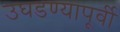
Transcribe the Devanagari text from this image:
उघडण्यापूर्वी